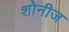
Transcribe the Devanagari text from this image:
शोनीज